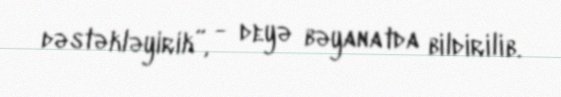
dəstəkləyirik”, - deyə bəyanatda bildirilib.